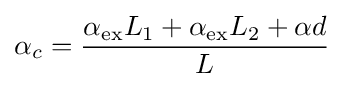
\alpha _{c}={\frac {\alpha _{\text{ex}}L_{1}+\alpha _{\text{ex}}L_{2}+\alpha d}{L}}